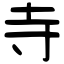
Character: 寺